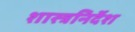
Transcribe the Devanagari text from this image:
शास्त्रनिर्देश